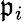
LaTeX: {\mathfrak{p}}_{i}